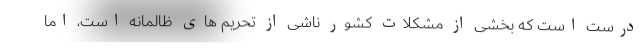
درست است که بخشی از مشکلات کشور ناشی از تحریم های ظالمانه است، اما